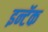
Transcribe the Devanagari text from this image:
इन्टॅक